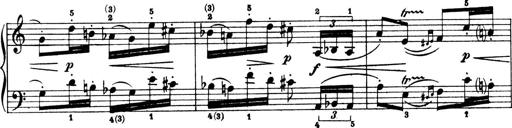
Title: 4 Sonatines
Composer: Max Reger